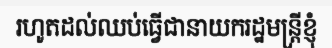
រហូតដល់ឈប់ធ្វើជានាយករដ្ឋមន្ត្រីខ្ញុំ